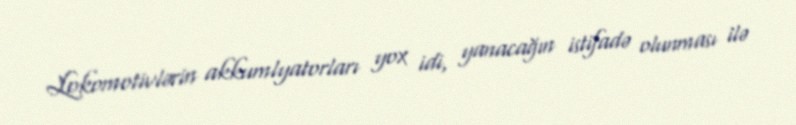
Lokomotivlərin akkumlyatorları yox idi, yanacağın istifadə olunması ilə